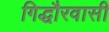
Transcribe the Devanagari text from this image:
गिद्धौरवासी